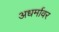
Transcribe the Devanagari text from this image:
अधर्मावर